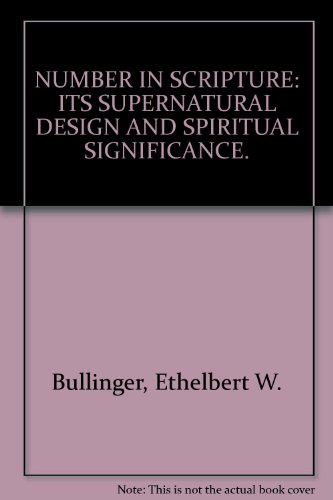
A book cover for Number in Scripture; Ethelbert W. Bullinger D.D.; Science & Math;